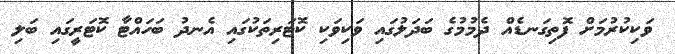
ވަކިކުރުމަށް ފޮތިގަނޑެއް ދެމުމުގެ ބަދަލުގައި ވަކިވަކި ކޮޓަރިތަކުގައި އެނދު ބަހައްޓާ ކޮޓަރީގައި ބަލި